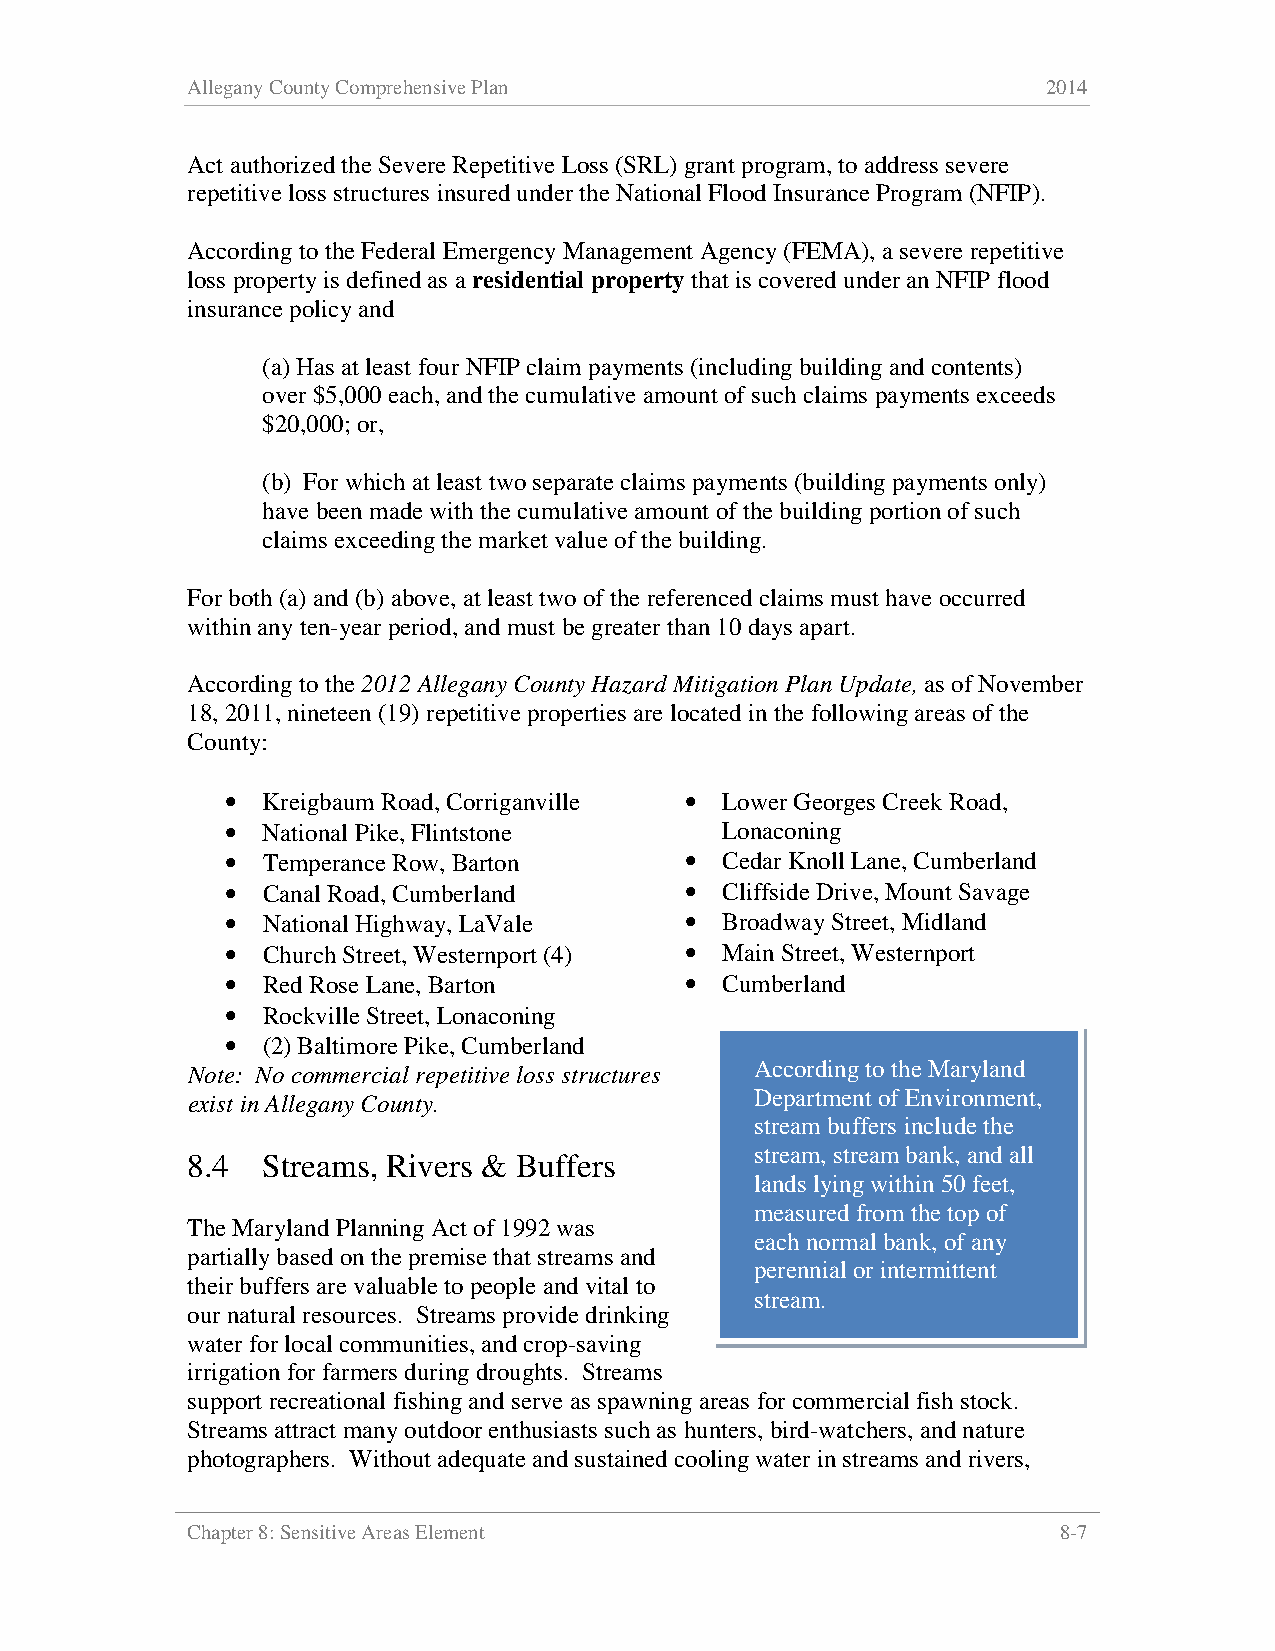
Allegany County Comprehensive Plan                       2014
 Act authorized the Severe Repetitive Loss (SRL) grant program, to address severe
 repetitive loss structures insured under the National Flood Insurance Program (NFIP).
 According to the Federal Emergency Management Agency (FEMA), a severe repetitive
 loss property is defined as a residential property that is covered under an NFIP flood
 insurance policy and
 (a) Has at least four NFIP claim payments (including building and contents)
 over $5,000 each, and the cumulative amount of such claims payments exceeds
 $20,000; or,
 (b) For which at least two separate claims payments (building payments only)
 have been made with the cumulative amount of the building portion of such
 claims exceeding the market value of the building.
 For both (a) and (b) above, at least two of the referenced claims must have occurred
 within any ten-year period, and must be greater than 10 days apart.
 According to the 2012 Allegany County Hazard Mitigation Plan Update, as of November
 18, 2011, nineteen (19) repetitive properties are located in the following areas of the
 County:
 • Kreigbaum Road, Corriganvil le • Lower Georges Creek Road,
 • National Pike, Flintstone      Lonaconing
 • Temperance Row, Barton      •  Cedar Knoll Lane, Cumberland
 • Canal Road, Cumberland      •  Cliffside Drive, Mount Savage
 • National Highway, LaVale    •  Broadway Street, Midland
 • Church Street, Westernport (4) • Main Street, Westernport
 • Red Rose Lane, Barton       •  Cumberland
 • Rockville Street, Lonaconing
 • (2) Baltimore Pike, Cumberland
 Note: No commercial repetitive loss structures According to the Maryland
 exist in Allegany County.             Department of Environment,
 stream buffers include the
 stream, stream bank, and all
 8.4  Streams, Rivers & Buffers
 lands lying within 50 feet,
 measured from the top of
 The Maryland Planning Act of 1992 was
 each normal bank, of any
 partially based on the premise that streams and
 perennial or intermittent
 their buffers are valuable to people and vital to
 stream.
 our natural resources. Streams provide drinking
 water for local communities, and crop-saving
 irrigation for farmers during droughts. Streams
 support recreational fishing and serve as spawning areas for commercial fish stock.
 Streams attract many outdoor enthusiasts such as hunters, bird-watchers, and nature
 photographers. Without adequate and sustained cooling water in streams and rivers,
 Chapter 8: Sensitive Areas Element                        8-7